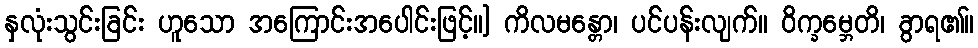
နှလုံးသွင်းခြင်း ဟူသော အကြောင်းအပေါင်းဖြင့်။] ကိလမန္တော၊ ပင်ပန်းလျက်။ ဝိက္ခမ္ဘေတိ၊ ခွာရ၏။